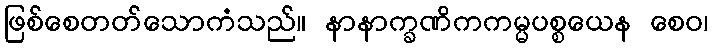
ဖြစ်စေတတ်သောကံသည်။ နာနာက္ခဏိကကမ္မပစ္စယေန စေဝ၊